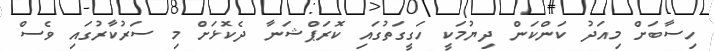
ހިސާބަށް މިއަދު ކަންކަން ދިޔުމަކީ ހަގީގަތުގައި ކޮރަޕްޝަނާ ދެކޮޅަށް މި ސަރުކާރުގައި ވެސް